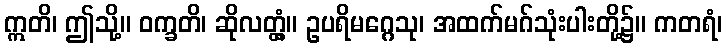
ဣတိ၊ ဤသို့။ ဝက္ခတိ၊ ဆိုလတ္တံ့။ ဥပရိမဂ္ဂေသု၊ အထက်မဂ်သုံးပါးတို့၌။ ကတရံ၊